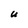
Character: U